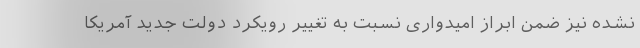
نشده نیز ضمن ابراز امیدواری نسبت به تغییر رویکرد دولت جدید آمریکا